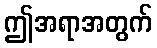
ဤအရာအတွက်